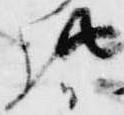
此